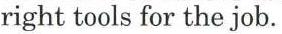
right tools for the job.